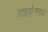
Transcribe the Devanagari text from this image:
हाइड्रोजनक